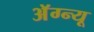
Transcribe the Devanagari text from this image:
अॅग्न्यू